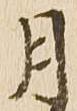
月